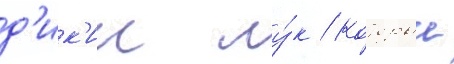
д'ик'ии лу́к / которыи